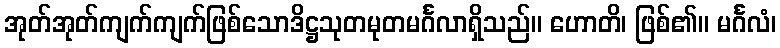
အုတ်အုတ်ကျက်ကျက်ဖြစ်သောဒိဋ္ဌသုတမုတမင်္ဂလာရှိသည်။ ဟောတိ၊ ဖြစ်၏။ မင်္ဂလံ၊